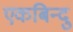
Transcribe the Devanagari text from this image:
एकबिन्दु